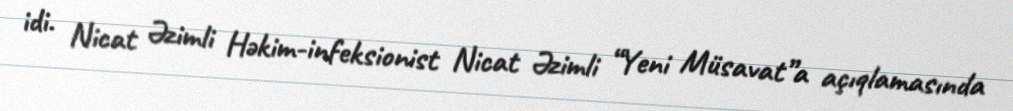
idi. Nicat Əzimli Həkim-infeksionist Nicat Əzimli “Yeni Müsavat”a açıqlamasında